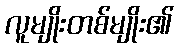
လူမျိုးတစ်မျိုး၏